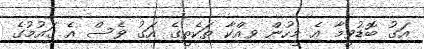
އަގު ބޮޑުވީމާ އެ މީހުން ވިއްކާ ތަކެތީގެ އަގު ވެސް އެ ގައުމުގެ